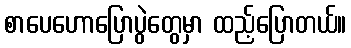
စာပေဟောပြောပွဲတွေမှာ ထည့်ပြောတယ်။